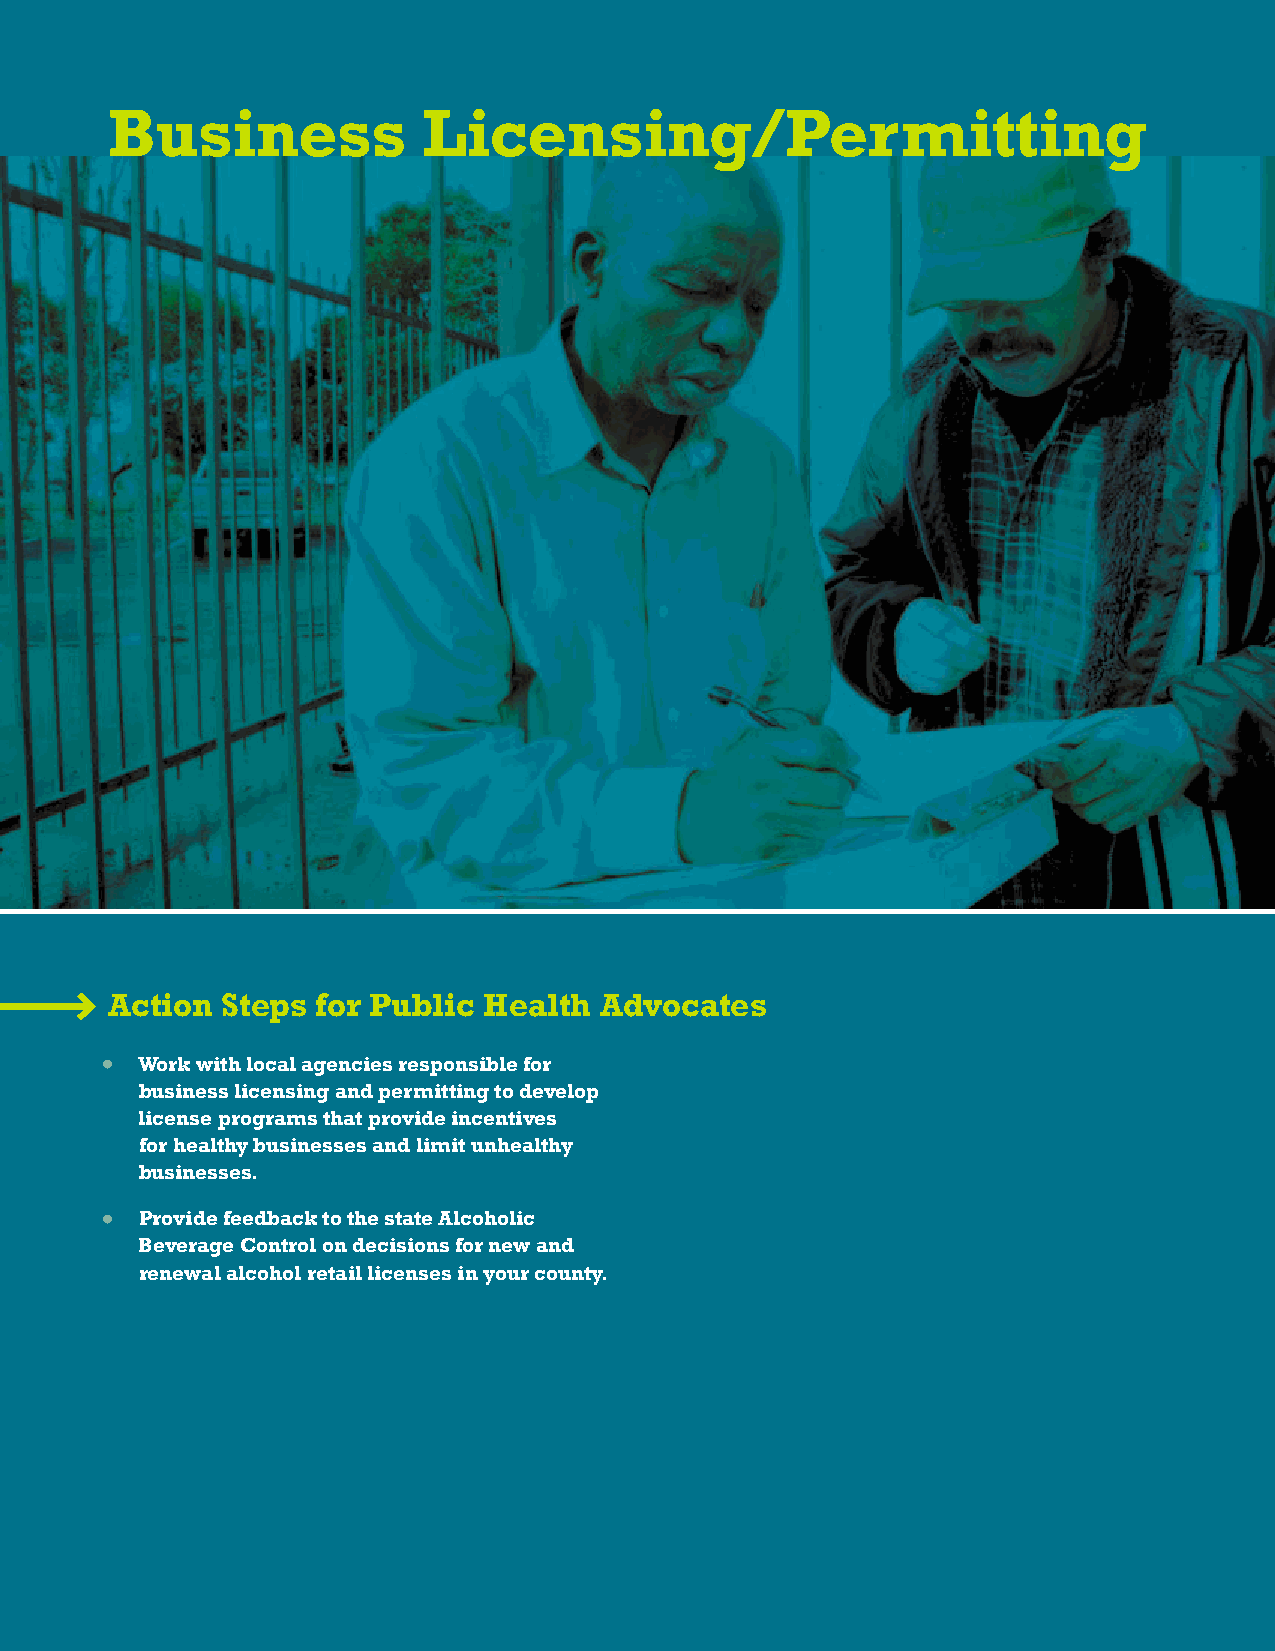
Business             Licensing/Permitting
 Action  Steps for Public Health  Advocates
 • Work with local agencies responsible for
 business licensing and permitting to develop
 license programs that provide incentives
 for healthy businesses and limit unhealthy
 businesses.
 • Provide feedback to the state Alcoholic
 Beverage Control on decisions for new and
 renewal alcohol retail licenses in your county.